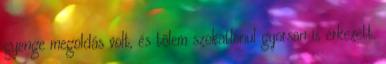
gyenge megoldás volt, és tőlem szokatlanul gyorsan is érkezett.